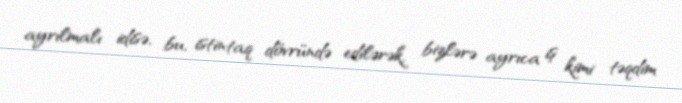
ayrılmalı idisə, bu, istintaq dövründə edilərək, bizlərə ayrıca iş kimi təqdim